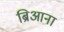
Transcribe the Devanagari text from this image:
ब्रिआना